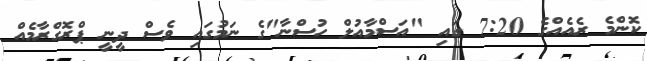
ކޮންމެ ރެއެއްގެ 7:20 ގައި "އަސްމާއުލް ހުސްނާ"ގެ ނަމުގައި ވެސް ދީނީ ޕްރޮގްރާމެއް